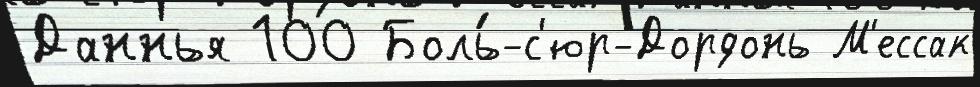
Даннья 100 Боль́-с'юр-Дордонь М'ессак